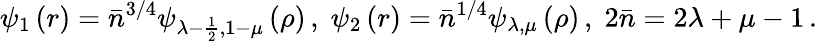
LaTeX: \psi_{1}\left(r\right)=\bar{n}^{3/4}\psi_{\lambda-\frac{1}{2},1-\mu}\left(\rho\right)\, ,\; \psi_{2}\left(r\right)=\bar{n}^{1/4}\psi_{\lambda,\mu}\left(\rho\right)\, ,\; 2\bar{n}=2\lambda+\mu-1\, .